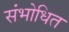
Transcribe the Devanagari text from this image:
संभोधित